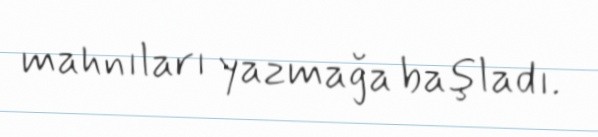
mahnıları yazmağa başladı.